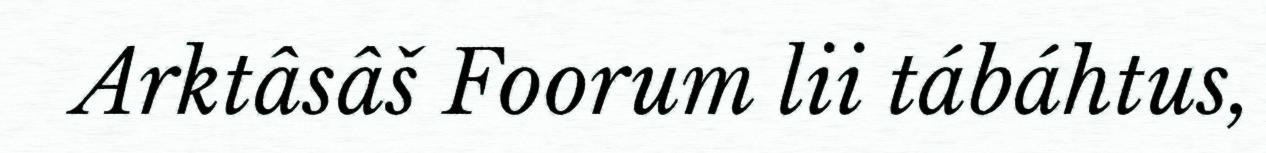
Arktâsâš Foorum lii tábáhtus,